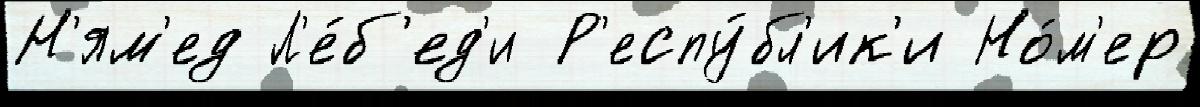
Н'ям'ед Л'е́б'ед'и Р'еспу́бл'ик'и Но́м'ер